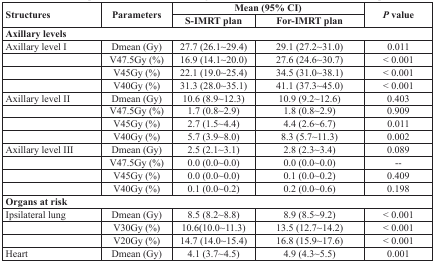
<table><thead><tr><td rowspan="2"><b>Structures</b></td><td rowspan="2"><b>Parameters</b></td><td colspan="2"><b>Mean (95% CI)</b></td><td rowspan="2"><b><i>P</i> value</b></td></tr><tr><td><b>S-IMRT plan</b></td><td><b>For-IMRT plan</b></td></tr></thead><tbody><tr><td colspan="5"><b>Axillary levels</b></td></tr><tr><td>Axillary level I</td><td>Dmean (Gy)</td><td>27.7 (26.1~29.4)</td><td>29.1 (27.2~31.0)</td><td>0.011</td></tr><tr><td></td><td>V47.5Gy (%)</td><td>16.9 (14.1~20.0)</td><td>27.6 (24.6~30.7)</td><td>&lt; 0.001</td></tr><tr><td></td><td>V45Gy (%)</td><td>22.1 (19.0~25.4)</td><td>34.5 (31.0~38.1)</td><td>&lt; 0.001</td></tr><tr><td></td><td>V40Gy (%)</td><td>31.3 (28.0~35.1)</td><td>41.1 (37.3~45.0)</td><td>&lt; 0.001</td></tr><tr><td>Axillary level II</td><td>Dmean (Gy)</td><td>10.6 (8.9~12.3)</td><td>10.9 (9.2~12.6)</td><td>0.403</td></tr><tr><td></td><td>V47.5Gy (%)</td><td>1.7 (0.8~2.9)</td><td>1.8 (0.8~2.9)</td><td>0.909</td></tr><tr><td></td><td>V45Gy (%)</td><td>2.7 (1.5~4.4)</td><td>4.4 (2.6~6.7)</td><td>0.011</td></tr><tr><td></td><td>V40Gy (%)</td><td>5.7 (3.9~8.0)</td><td>8.3 (5.7~11.3)</td><td>0.002</td></tr><tr><td>Axillary level III</td><td>Dmean (Gy)</td><td>2.5 (2.1~3.1)</td><td>2.8 (2.3~3.4)</td><td>0.089</td></tr><tr><td></td><td>V47.5Gy (%)</td><td>0.0 (0.0~0.0)</td><td>0.0 (0.0~0.0)</td><td>--</td></tr><tr><td></td><td>V45Gy (%)</td><td>0.0 (0.0~0.0)</td><td>0.1 (0.0~0.2)</td><td>0.409</td></tr><tr><td></td><td>V40Gy (%)</td><td>0.1 (0.0~0.2)</td><td>0.2 (0.0~0.6)</td><td>0.198</td></tr><tr><td colspan="5"><b>Organs at risk</b></td></tr><tr><td>Ipsilateral lung</td><td>Dmean (Gy)</td><td>8.5 (8.2~8.8)</td><td>8.9 (8.5~9.2)</td><td>&lt; 0.001</td></tr><tr><td></td><td>V30Gy (%)</td><td>10.6(10.0~11.3)</td><td>13.5 (12.7~14.2)</td><td>&lt; 0.001</td></tr><tr><td></td><td>V20Gy (%)</td><td>14.7 (14.0~15.4)</td><td>16.8 (15.9~17.6)</td><td>&lt; 0.001</td></tr><tr><td>Heart</td><td>Dmean (Gy)</td><td>4.1 (3.7~4.5)</td><td>4.9 (4.3~5.5)</td><td>0.001</td></tr></tbody></table>